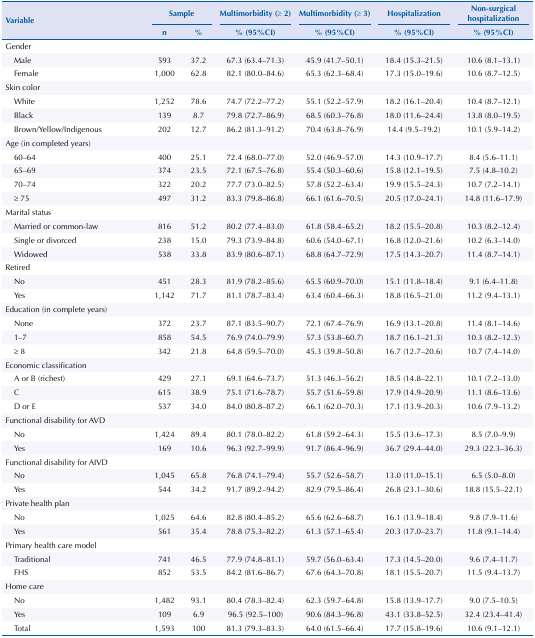
<table><thead><tr><td rowspan="3"><b>Variable</b></td><td colspan="2"><b>Sample</b></td><td><b>Multimorbidity (≥ 2)</b></td><td><b>Multimorbidity (≥ 3)</b></td><td><b>Hospitalization</b></td><td><b>Non-surgical hospitalization</b></td></tr><tr><td><b>n</b></td><td><b>%</b></td><td><b>% (95%CI)</b></td><td><b>% (95%CI)</b></td><td><b>% (95%CI)</b></td><td><b>% (95%CI)</b></td></tr></thead><tbody><tr><td>Gender</td><td> </td><td> </td><td> </td><td> </td><td> </td><td> </td></tr><tr><td>Male</td><td>593</td><td>37.2</td><td>67.3 (63.4–71.3)</td><td>45.9 (41.7–50.1)</td><td>18.4 (15.3–21.5)</td><td>10.6 (8.1–13.1)</td></tr><tr><td>Female</td><td>1,000</td><td>62.8</td><td>82.1 (80.0–84.6)</td><td>65.3 (62.3–68.4)</td><td>17.3 (15.0–19.6)</td><td>10.6 (8.7–12.5)</td></tr><tr><td>Skin color</td><td> </td><td> </td><td> </td><td> </td><td> </td><td> </td></tr><tr><td>White</td><td>1,252</td><td>78.6</td><td>74.7 (72.2–77.2)</td><td>55.1 (52.2–57.9)</td><td>18.2 (16.1–20.4)</td><td>10.4 (8.7–12.1)</td></tr><tr><td>Black</td><td>139</td><td>8.7</td><td>79.8 (72.7–86.9)</td><td>68.5 (60.3–76.8)</td><td>18.0 (11.6–24.4)</td><td>13.8 (8.0–19.5)</td></tr><tr><td>Brown/Yellow/Indigenous</td><td>202</td><td>12.7</td><td>86.2 (81.3–91.2)</td><td>70.4 (63.8–76.9)</td><td>14.4 (9.5–19.2)</td><td>10.1 (5.9–14.2)</td></tr><tr><td>Age (in completed years)</td><td> </td><td> </td><td> </td><td> </td><td> </td><td> </td></tr><tr><td>60–64</td><td>400</td><td>25.1</td><td>72.4 (68.0–77.0)</td><td>52.0 (46.9–57.0)</td><td>14.3 (10.9–17.7)</td><td>8.4 (5.6–11.1)</td></tr><tr><td>65–69</td><td>374</td><td>23.5</td><td>72.1 (67.5–76.8)</td><td>55.4 (50.3–60.6)</td><td>15.8 (12.1–19.5)</td><td>7.5 (4.8–10.2)</td></tr><tr><td>70–74</td><td>322</td><td>20.2</td><td>77.7 (73.0–82.5)</td><td>57.8 (52.2–63.4)</td><td>19.9 (15.5–24.3)</td><td>10.7 (7.2–14.1)</td></tr><tr><td>≥ 75</td><td>497</td><td>31.2</td><td>83.3 (79.8–86.8)</td><td>66.1 (61.6–70.5)</td><td>20.5 (17.0–24.1)</td><td>14.8 (11.6–17.9)</td></tr><tr><td>Marital status</td><td> </td><td> </td><td> </td><td> </td><td> </td><td> </td></tr><tr><td>Married or common-law</td><td>816</td><td>51.2</td><td>80.2 (77.4–83.0)</td><td>61.8 (58.4–65.2)</td><td>18.2 (15.5–20.8)</td><td>10.3 (8.2–12.4)</td></tr><tr><td>Single or divorced</td><td>238</td><td>15.0</td><td>79.3 (73.9–84.8)</td><td>60.6 (54.0–67.1)</td><td>16.8 (12.0–21.6)</td><td>10.2 (6.3–14.0)</td></tr><tr><td>Widowed</td><td>538</td><td>33.8</td><td>83.9 (80.6–87.1)</td><td>68.8 (64.7–72.9)</td><td>17.5 (14.3–20.7)</td><td>11.4 (8.7–14.1)</td></tr><tr><td>Retired</td><td> </td><td> </td><td> </td><td> </td><td> </td><td> </td></tr><tr><td>No</td><td>451</td><td>28.3</td><td>81.9 (78.2–85.6)</td><td>65.5 (60.9–70.0)</td><td>15.1 (11.8–18.4)</td><td>9.1 (6.4–11.8)</td></tr><tr><td>Yes</td><td>1,142</td><td>71.7</td><td>81.1 (78.7–83.4)</td><td>63.4 (60.4–66.3)</td><td>18.8 (16.5–21.0)</td><td>11.2 (9.4–13.1)</td></tr><tr><td>Education (in complete years)</td><td> </td><td> </td><td> </td><td> </td><td> </td><td> </td></tr><tr><td>None</td><td>372</td><td>23.7</td><td>87.1 (83.5–90.7)</td><td>72.1 (67.4–76.9)</td><td>16.9 (13.1–20.8)</td><td>11.4 (8.1–14.6)</td></tr><tr><td>1–7</td><td>858</td><td>54.5</td><td>76.9 (74.0–79.9)</td><td>57.3 (53.8–60.7)</td><td>18.7 (16.1–21.3)</td><td>10.3 (8.2–12.3)</td></tr><tr><td>≥ 8</td><td>342</td><td>21.8</td><td>64.8 (59.5–70.0)</td><td>45.3 (39.8–50.8)</td><td>16.7 (12.7–20.6)</td><td>10.7 (7.4–14.0)</td></tr><tr><td>Economic classification</td><td> </td><td> </td><td> </td><td> </td><td> </td><td> </td></tr><tr><td>A or B (richest)</td><td>429</td><td>27.1</td><td>69.1 (64.6–73.7)</td><td>51.3 (46.3–56.2)</td><td>18.5 (14.8–22.1)</td><td>10.1 (7.2–13.0)</td></tr><tr><td>C</td><td>615</td><td>38.9</td><td>75.1 (71.6–78.7)</td><td>55.7 (51.6–59.8)</td><td>17.9 (14.9–20.9)</td><td>11.1 (8.6–13.6)</td></tr><tr><td>D or E</td><td>537</td><td>34.0</td><td>84.0 (80.8–87.2)</td><td>66.1 (62.0–70.3)</td><td>17.1 (13.9–20.3)</td><td>10.6 (7.9–13.2)</td></tr><tr><td>Functional disability for AVD</td><td> </td><td> </td><td> </td><td> </td><td> </td><td> </td></tr><tr><td>No</td><td>1,424</td><td>89.4</td><td>80.1 (78.0–82.2)</td><td>61.8 (59.2–64.3)</td><td>15.5 (13.6–17.3)</td><td>8.5 (7.0–9.9)</td></tr><tr><td>Yes</td><td>169</td><td>10.6</td><td>96.3 (92.7–99.9)</td><td>91.7 (86.4–96.9)</td><td>36.7 (29.4–44.0)</td><td>29.3 (22.3–36.3)</td></tr><tr><td>Functional disability for AIVD</td><td> </td><td> </td><td> </td><td> </td><td> </td><td> </td></tr><tr><td>No</td><td>1,045</td><td>65.8</td><td>76.8 (74.1–79.4)</td><td>55.7 (52.6–58.7)</td><td>13.0 (11.0–15.1)</td><td>6.5 (5.0–8.0)</td></tr><tr><td>Yes</td><td>544</td><td>34.2</td><td>91.7 (89.2–94.2)</td><td>82.9 (79.5–86.4)</td><td>26.8 (23.1–30.6)</td><td>18.8 (15.5–22.1)</td></tr><tr><td>Private health plan</td><td> </td><td> </td><td> </td><td> </td><td> </td><td> </td></tr><tr><td>No</td><td>1,025</td><td>64.6</td><td>82.8 (80.4–85.2)</td><td>65.6 (62.6–68.7)</td><td>16.1 (13.9–18.4)</td><td>9.8 (7.9–11.6)</td></tr><tr><td>Yes</td><td>561</td><td>35.4</td><td>78.8 (75.3–82.2)</td><td>61.3 (57.1–65.4)</td><td>20.3 (17.0–23.7)</td><td>11.8 (9.1–14.4)</td></tr><tr><td>Primary health care model</td><td> </td><td> </td><td> </td><td> </td><td> </td><td> </td></tr><tr><td>Traditional</td><td>741</td><td>46.5</td><td>77.9 (74.8–81.1)</td><td>59.7 (56.0–63.4)</td><td>17.3 (14.5–20.0)</td><td>9.6 (7.4–11.7)</td></tr><tr><td>FHS</td><td>852</td><td>53.5</td><td>84.2 (81.6–86.7)</td><td>67.6 (64.3–70.8)</td><td>18.1 (15.5–20.7)</td><td>11.5 (9.4–13.7)</td></tr><tr><td>Home care</td><td> </td><td> </td><td> </td><td> </td><td> </td><td> </td></tr><tr><td>No</td><td>1,482</td><td>93.1</td><td>80.4 (78.3–82.4)</td><td>62.3 (59.7–64.8)</td><td>15.8 (13.9–17.7)</td><td>9.0 (7.5–10.5)</td></tr><tr><td>Yes</td><td>109</td><td>6.9</td><td>96.5 (92.5–100)</td><td>90.6 (84.3–96.8)</td><td>43.1 (33.8–52.5)</td><td>32.4 (23.4–41.4)</td></tr><tr><td>Total</td><td>1,593</td><td>100</td><td>81.3 (79.3–83.3)</td><td>64.0 (61.5–66.4)</td><td>17.7 (15.8–19.6)</td><td>10.6 (9.1–12.1)</td></tr></tbody></table>